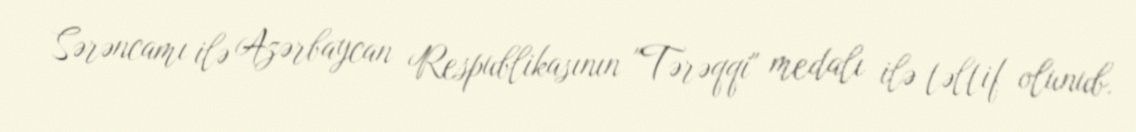
Sərəncamı ilə Azərbaycan Respublikasının "Tərəqqi" medalı ilə təltif olunub.